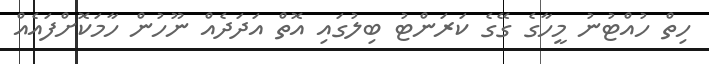
ހިތް ހުއްޓުނު މީހާގެ ގޭގެ ކަރަންޓު ބިލުގައި އޮތް އަދަދެއް ނޫހުން ހާމަކޮށްފައެއް